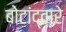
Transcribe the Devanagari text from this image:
बोटांद्वारे